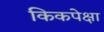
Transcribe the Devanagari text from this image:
किकपेक्षा